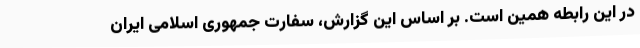
در این رابطه همین است. بر اساس این گزارش، سفارت جمهوری اسلامی ایران